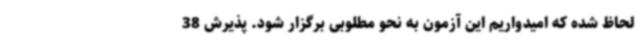
لحاظ شده که امیدواریم این آزمون به نحو مطلوبی برگزار شود. پذیرش 38